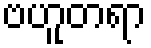
ဗဟူတရာ